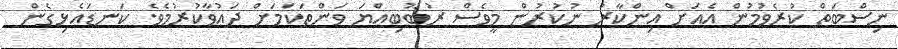
ނިސްބަތް ކުރެވުމުން އެއަށް އިންކާރު ނުކުރުން މީވެސް ރުބޫބިއްޔަ ވަންތަކަމަށް ދަޢުވާކުރުމެވެ. ކަނޑައެޅިގެން